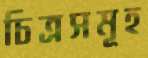
চিত্রসমূহ